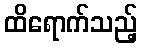
ထိရောက်သည့်